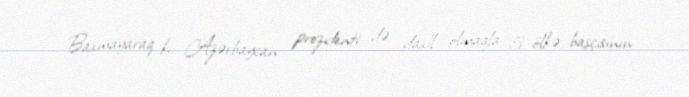
Baxmayaraq ki, Azərbaycan prezidenti də daxil olmaqla 5 ölkə başçısının